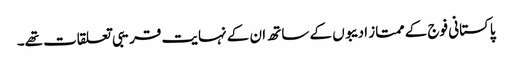
پاکستانی فوج کے ممتاز ادیبوں کے ساتھ ان کے نہایت قریبی تعلقات تھے۔